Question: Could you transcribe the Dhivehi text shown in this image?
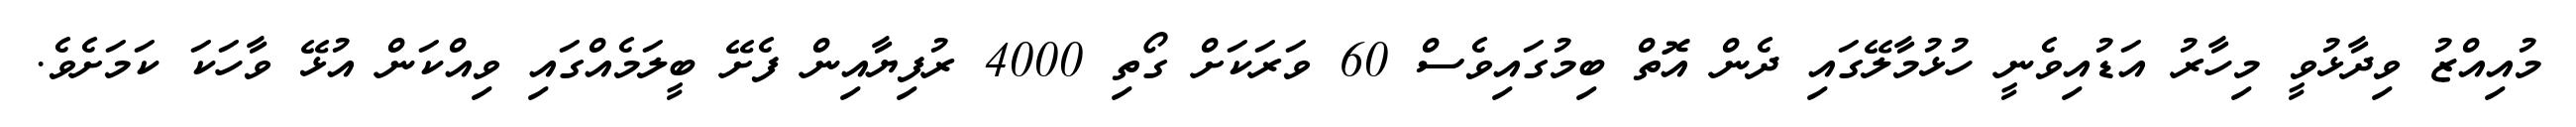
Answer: މުއިއްޒު ވިދާޅުވީ މިހާރު އަޑުއިވެނީ ހުޅުމާލޭގައި ދެން އޮތް ބިމުގައިވެސް 60 ވަރަކަށް ގޯތި 4000 ރުފިޔާއިން ފެށޭ ބީލަމެއްގައި ވިއްކަން އުޅޭ ވާހަކަ ކަމަށެވެ.